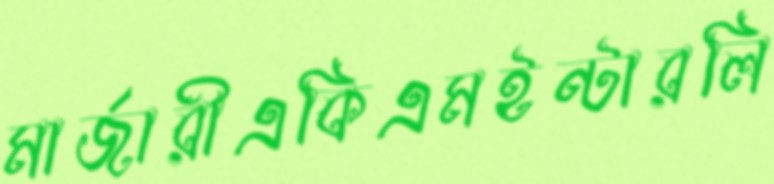
মার্জারীএকিএমইন্টারলি